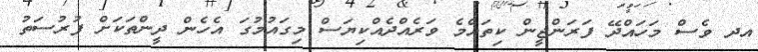
އދ ވެސް މަހައްދޭ ފަރަންޖީން ކިތައްމެ ވަރެއްދެއްކިޔަސް މިގައުމުގަ އެހެން ދީންތަކަށް ފުރުސަތު